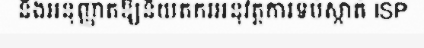
នឹងអនុញ្ញាតឱ្យនិយតករអនុវត្តការទប់ស្កាត់ ISP